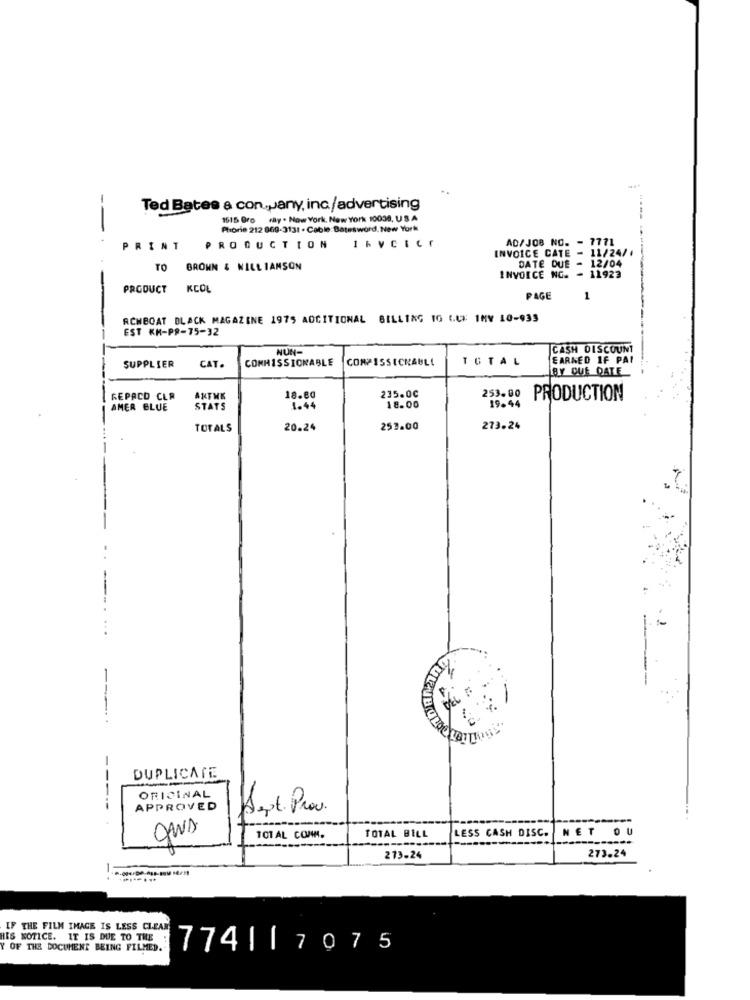
Ted Bates & con.Jany,inc/advertising
1515 Gro ray . Now York, New York 10038, USA
--
Phorie 212 869-3131 . Cable: Batesword, New York
AD/JOB NO. - 7771
PRINT
PRODUCTION 16VCICE
INVOICE CATE - 11/24/
DATE DUE - 12/04
TO BRONN & WILLIAMSON
INVOICE NG. - 11923
PRODUCT
KCOL
PAGE
1
RCMBOAT BLACK MAGAZINE 1975 ADDITIONAL BILLING TO LUK IMY 10-933
EST KM-PR-75-32
NUN
CASH DISCOUNT
COMMISSIONABLE
COMPISSICKABLE
TOTAL
EARNED IF PAI
SUPPLIER
CAT.
BY QUE QATE
REPACD CLR
ARTHK
18.80
235.00
253.00
PRODUCTION
AMER BLUE
STATS
1.44
18.00
19.44
TOTALS
20.24
253.00
273.24
-
DUPLICATE
ORIGINAL
APPROVED
Sept. Prov.
TOTAL BILL
LESS CASH DISC.
NET OU
101 AL COM.
273.24
273.24
IF THE FILM IMAGE IS LESS CLEAR
HIS NOTICE. IT IS DUE TO THE
Y OF THE DOCUMENT BEING FILMED.
774117075